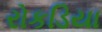
રોકડિયા